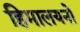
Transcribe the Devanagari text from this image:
हिमालयनो